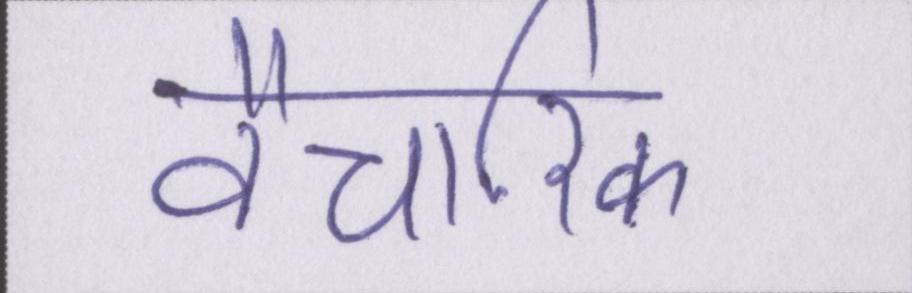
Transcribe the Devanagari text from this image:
वैचारिक